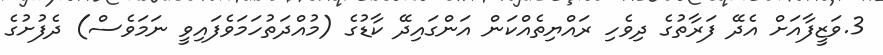
3.ވަޒީފާއަށް އެދޭ ފަރާތުގެ ދިވެހި ރައްޔިތެއްކަން އަންގައިދޭ ކާޑުގެ (މުއްދަތުހަމަވެފައިވީ ނަމަވެސް) ދެފުށުގެ